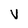
Character: V